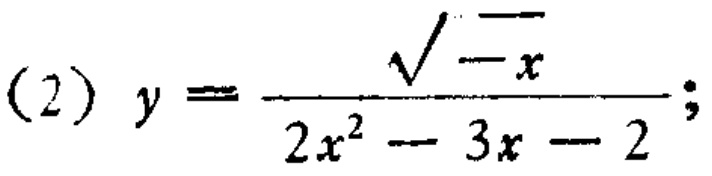
\((2) y = \frac{\sqrt{-x}}{2x^{2}-3x - 2};\)